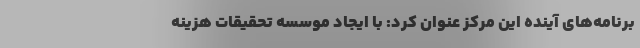
برنامه‌های آینده این مرکز عنوان کرد: با ایجاد موسسه تحقیقات هزینه